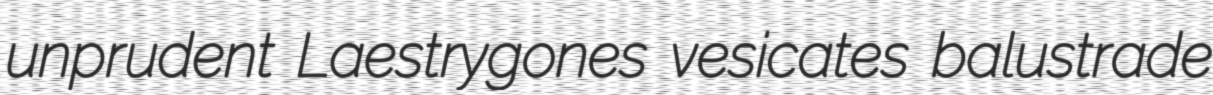
unprudent Laestrygones vesicates balustrade